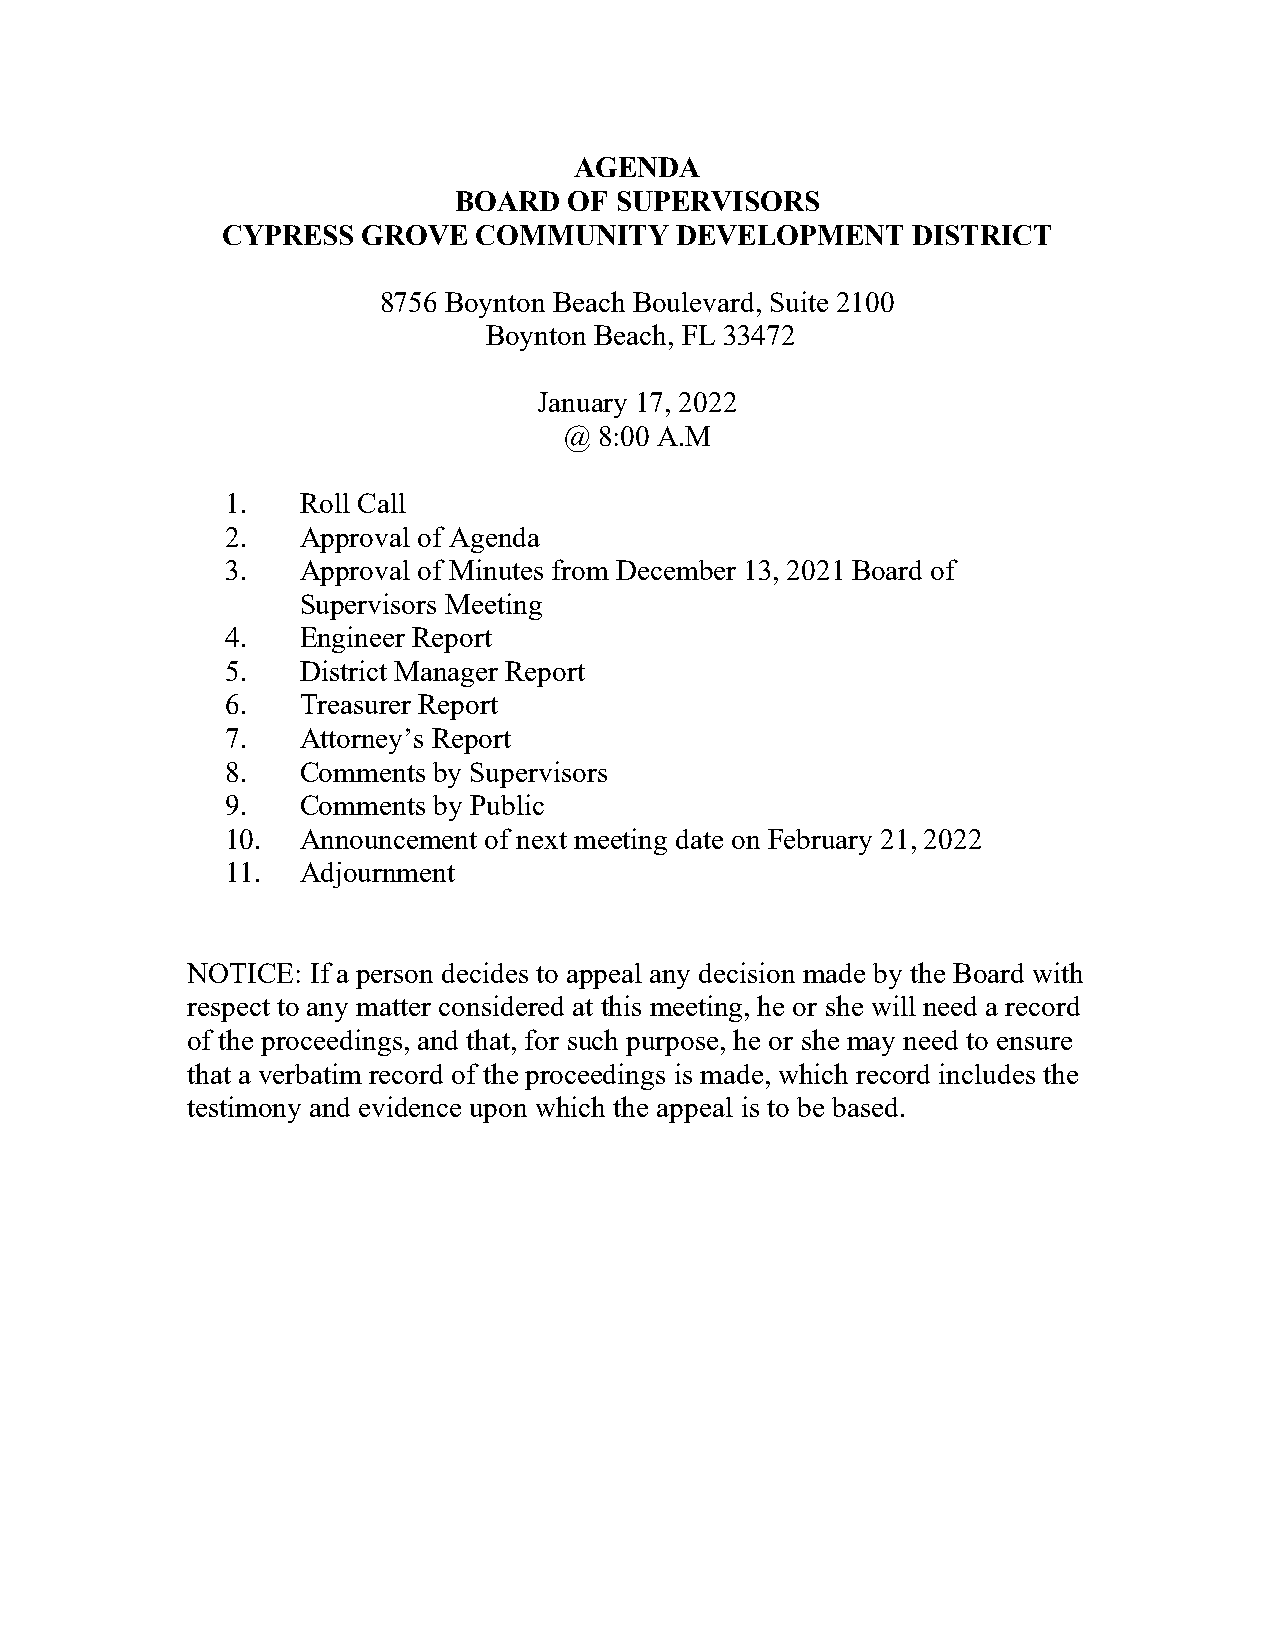
AGENDA
 BOARD   OF SUPERVISORS
 CYPRESS  GROVE   COMMUNITY    DEVELOPMENT    DISTRICT
 8756 Boynton Beach Boulevard, Suite 2100
 Boynton Beach, FL 33472
 January 17, 2022
 @  8:00 A.M
 1.   Roll Call
 2.   Approval of Agenda
 3.   Approval of Minutes from December 13, 2021 Board of
 Supervisors Meeting
 4.   Engineer Report
 5.   District Manager Report
 6.   Treasurer Report
 7.   Attorney’s Report
 8.   Comments by Supervisors
 9.   Comments by Public
 10.  Announcement of next meeting date on February 21, 2022
 11.  Adjournment
 NOTICE:  If a person decides to appeal any decision made by the Board with
 respect to any matter considered at this meeting, he or she will need a record
 of the proceedings, and that, for such purpose, he or she may need to ensure
 that a verbatim record of the proceedings is made, which record includes the
 testimony and evidence upon which the appeal is to be based.